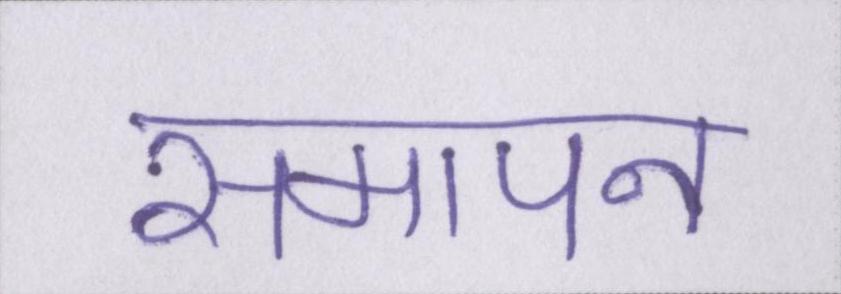
समापन